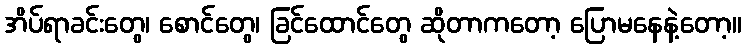
အိပ်ရာခင်းတွေ၊ စောင်တွေ၊ ခြင်ထောင်တွေ ဆိုတာကတော့ ပြောမနေနဲ့တော့။